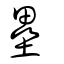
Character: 壘